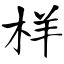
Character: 样